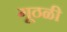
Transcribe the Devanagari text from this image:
गूठळी